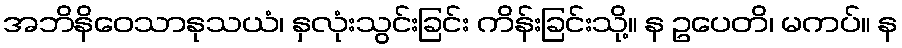
အဘိနိဝေသာနုသယံ၊ နှလုံးသွင်းခြင်း ကိန်းခြင်းသို့။ န ဥပေတိ၊ မကပ်။ န